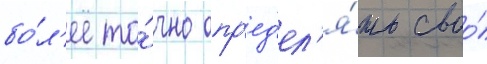
бо́л'ее то́чно опр'ед'ел'я́ть своо́